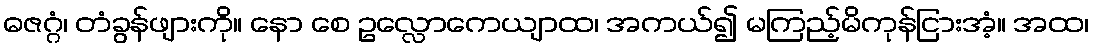
ဓဇဂ္ဂံ၊ တံခွန်ဖျားကို။ နော စေ ဥလ္လောကေယျာထ၊ အကယ်၍ မကြည့်မိကုန်ငြားအံ့။ အထ၊